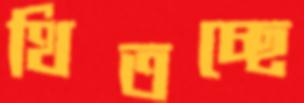
থিতচ্ছে